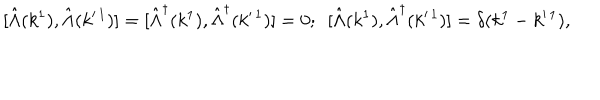
LaTeX: \mathrm { [ } \hat { \Lambda } ( k ^ { 1 } ) , \hat { \Lambda } ( k ^ { \prime \, 1 } ) ] = [ \hat { \Lambda } ^ { \dagger } ( k ^ { 1 } ) , \hat { \Lambda } ^ { \dagger } ( k ^ { \prime \, 1 } ) ] = 0 ; \, \, \, [ \hat { \Lambda } ( k ^ { 1 } ) , \hat { \Lambda } ^ { \dagger } ( k ^ { \prime \, 1 } ) ] = \delta ( k ^ { 1 } - k ^ { \prime \, 1 } ) ,